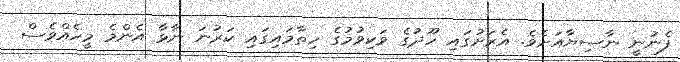
ފެނުނީ ނާސިޔާއަށެވެ. އެރަށުގައި ހޫދުގެ ވަކިވުމުގެ ހިތާމައިގައި ކަރުނަ ނާޅާ އެންމެ މީހެއްވެސް